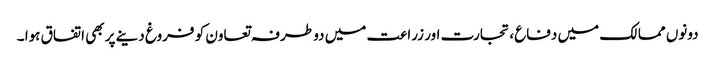
دونوں ممالک میں دفاع، تجارت اور زراعت میں دو طرفہ تعاون کو فروغ دینے پر بھی اتفاق ہوا ۔